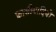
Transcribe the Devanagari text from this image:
फ़ासीवादियों